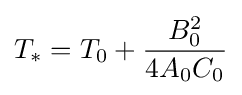
T_{*}=T_{0}+{\frac {B_{0}^{2}}{4A_{0}C_{0}}}